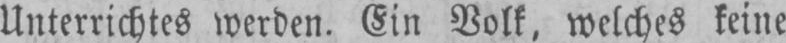
Unterrichtes werden. Ein Volk, welches keine